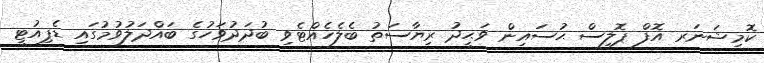
ކޮމިޝަނަރ އޮފް ޕޮލިސް ޙުސައިން ވަޙީދު ރިޔާސަތު ބެލެހެއްޓެވި ބުދަދުވަހުގެ ބައްދަލުވުމުގައި ޑެޕިއުޓީ